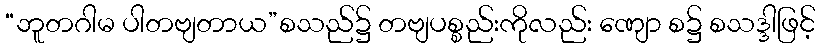
“ဘူတဂါမ ပါတဗျတာယ”စသည်၌ တဗျပစ္စည်းကိုလည်း ဏျော စ၌ စသဒ္ဒါဖြင့်